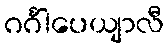
ဂင်္ဂါပေယျာလီ